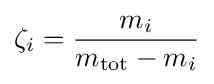
\zeta _{i}={\frac {m_{i}}{m_{\mathrm {tot} }-m_{i}}}